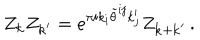
Z _ { { \bf k } } Z _ { { \bf k } ^ { \prime } } = e ^ { \pi i k _ { i } \tilde { \theta } ^ { i j } k _ { j } ^ { \prime } } Z _ { { \bf k } + { \bf k } ^ { \prime } } \, .